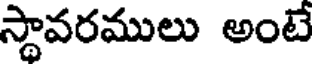
స్థావరములు అంటే